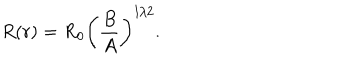
LaTeX: R ( r ) = R _ { 0 } \left( \frac { B } { A } \right) ^ { 1 / 2 } .